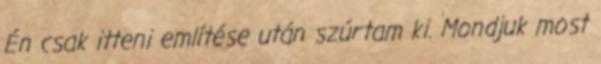
Én csak itteni említése után szúrtam ki. Mondjuk most